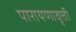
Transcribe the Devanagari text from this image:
पारायणावृत्ती